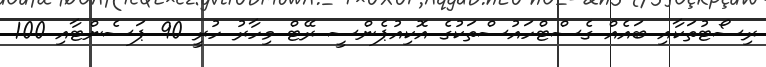
ރިސޯޓުތަކާއި ބައެއް ގެސްޓްހައުސްތަކުގެ އޮކިއުޕެންސީ ރޭޓް މިހާރު ހުރީ 90 ޕަސެންޓާއި 100